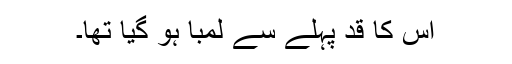
اس کا قد پہلے سے لمبا ہو گیا تھا۔